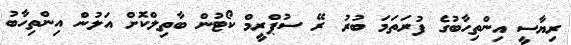
ރިޔާސީ އިންތިހާބުގެ ފުރަތަމަ ބުރު ރޭ ސުޕްރީމް ކޯޓުން ބާތިލްކޮށް އަލުން އިންތިހާބު